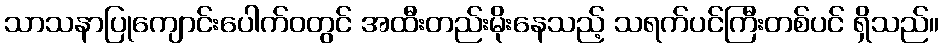
သာသနာပြုကျောင်းပေါက်ဝတွင် အထီးတည်းမိုးနေသည့် သရက်ပင်ကြီးတစ်ပင် ရှိသည်။